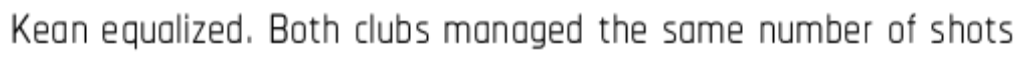
Kean equalized. Both clubs managed the same number of shots